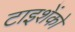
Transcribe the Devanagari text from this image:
टाइशेंको